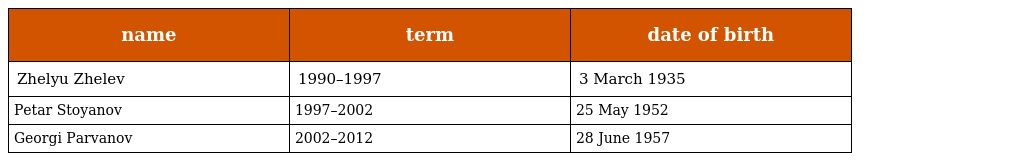
| name | term | date of birth |
 | --- | --- | --- |
 | Zhelyu Zhelev | 1990–1997 | 3 March 1935 |
 | Petar Stoyanov | 1997–2002 | 25 May 1952 |
 | Georgi Parvanov | 2002–2012 | 28 June 1957 |